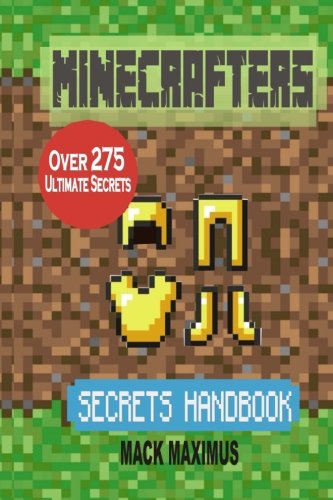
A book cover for Minecrafters Secrets Handbook: Over 275 Ultimate Secrets, Tricks, Cheats And Hints For Excellent Minecraft Game Play; Mack Maximus; Humor & Entertainment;